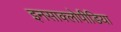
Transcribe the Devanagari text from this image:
इनसाक्लोपीडिया